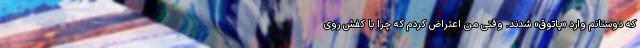
که دوستانم وارد «پاتوق» شدند. وقتی من اعتراض کردم که چرا با کفش روی